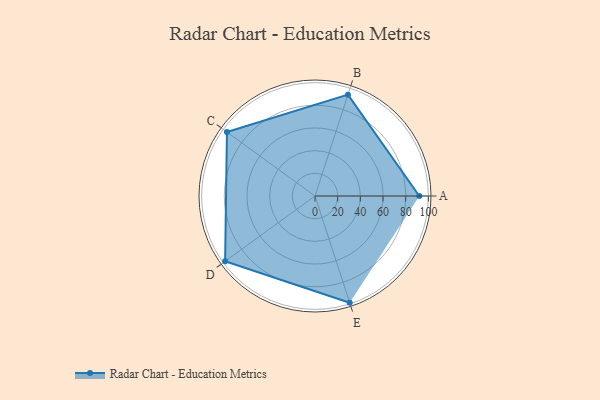
{"axis": {"x": "Skill", "y": "Score"}, "legend": ["Profile"], "data": [{"x": "A", "y": 92.0, "type": "Profile"}, {"x": "B", "y": 94.0, "type": "Profile"}, {"x": "C", "y": 96.0, "type": "Profile"}, {"x": "D", "y": 98.0, "type": "Profile"}, {"x": "E", "y": 99, "type": "Profile"}]}